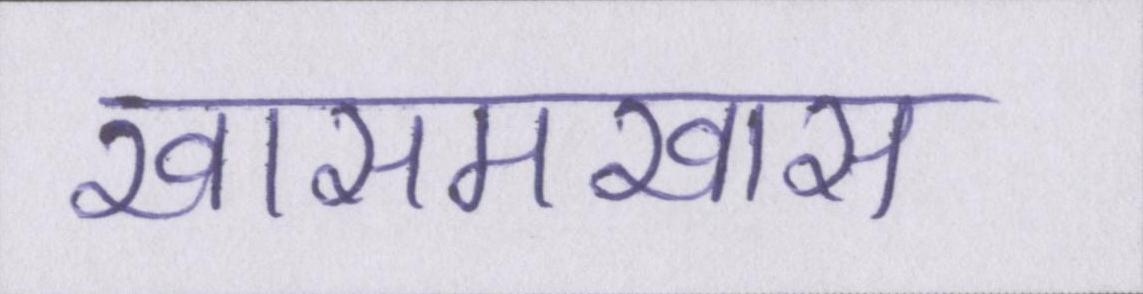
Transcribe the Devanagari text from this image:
खासमखास